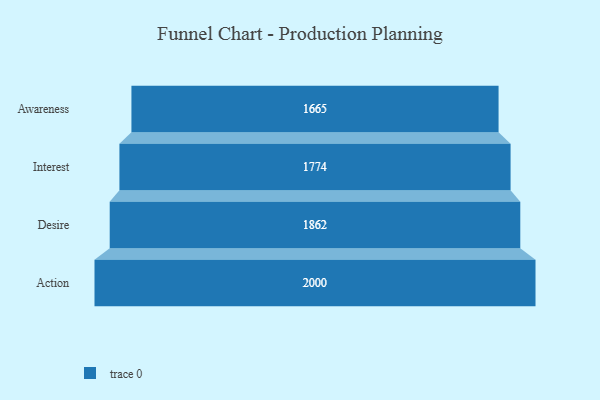
{"axis": {"x": "Stage", "y": "Value"}, "legend": [""], "data": [{"x": "Awareness", "y": 1665.0, "type": ""}, {"x": "Interest", "y": 1774.0, "type": ""}, {"x": "Desire", "y": 1862.0, "type": ""}, {"x": "Action", "y": 2000, "type": ""}]}